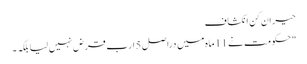
حیران کن انکشاف
" حکومت نے 11 ماہ میں دراصل 5 ارب قرض نہیں لیا بلکہ ۔